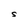
Character: S